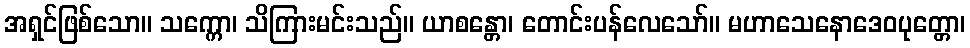
အရှင်ဖြစ်သော။ သက္ကော၊ သိကြားမင်းသည်။ ယာစန္တော၊ တောင်းပန်လေသော်။ မဟာသေနောဒေဝပုတ္တော၊